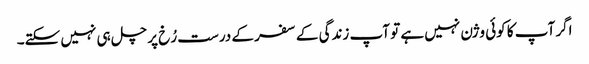
اگر آپ کا کوئی وژن نہیں ہے تو آپ زندگی کے سفر کے درست رُخ پر چل ہی نہیں سکتے۔